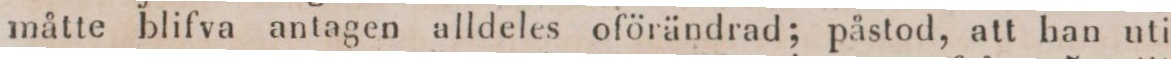
måtte blifva antagen alldeles oförändrad; påstod, att han uti